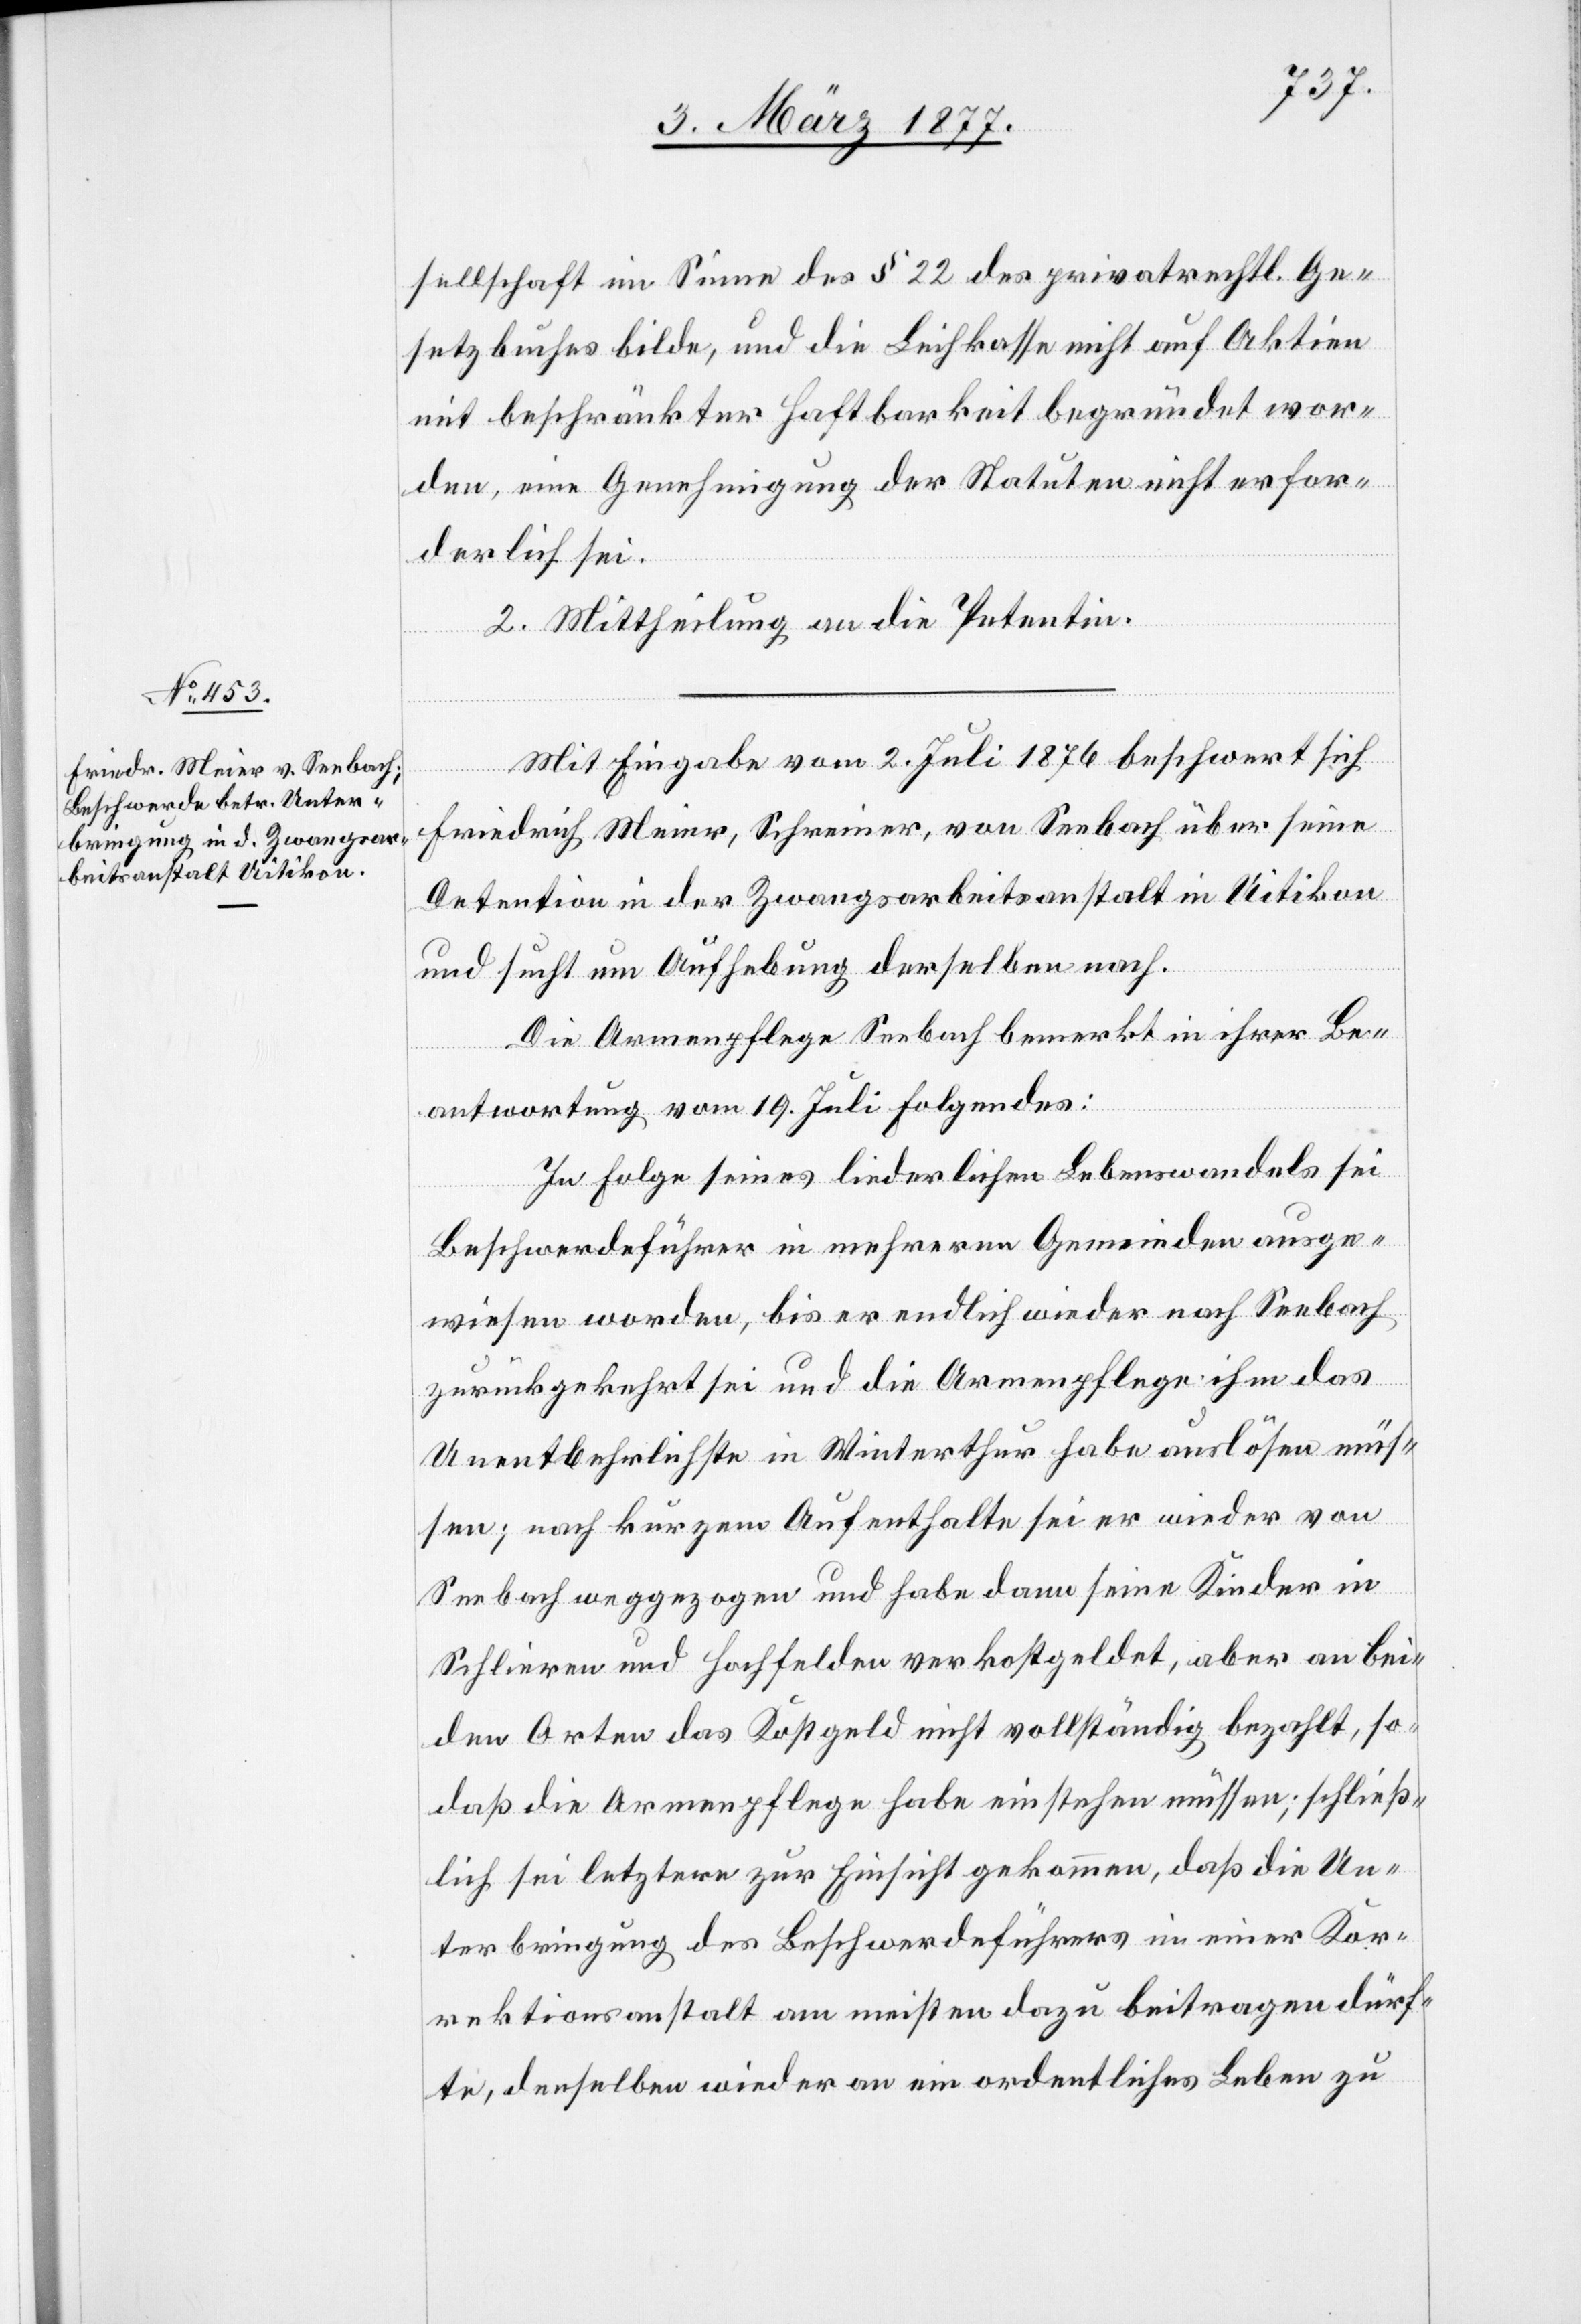
sellschaft im Sinne des § 22 des privatrechtl. Ge¬
setzbuches bilde, und die Leihkasse nicht auf Aktien
mit beschränkter Haftbarkeit begründet wor¬
den, eine Genehmigung der Statuten nicht erfor¬
derlich sei.
2. Mittheilung an die Petentin.
Mit Eingabe vom 2. Juli 1876 beschwert sich
Friedrich Meier, Schreiner, von Seebach über seine
Detention in der Zwangsarbeitsanstalt in Uitikon
und sucht um Aufhebung derselben nach.
Die Armenpflege Seebach bemerkt in ihrer Be¬
antwortung vom 19. Juli Folgendes:
In Folge seines liederlichen Lebenswandels sei
Beschwerdeführer in mehreren Gemeinden ausge¬
wiesen worden, bis er endlich wieder nach Seebach
zurückgekehrt sei und die Armenpflege ihm das
Unentbehrlichste in Winterthur habe auslösen müs¬
sen; nach kurzem Aufenthalte sei er wieder von
Seebach weggezogen und habe dann seine Kinder in
Schlieren und Hochfelden verkostgeldet, aber an bei¬
den Orten das Kostgeld nicht vollständig bezahlt, so¬
daß die Armenpflege habe einstehen müssen; schließ¬
lich sei letztere zur Einsicht gekommen, daß die Un¬
terbringung des Beschwerdeführers in einer Kor¬
rektionsanstalt am meisten dazu beitragen dürf¬
te, denselben wieder an ein ordentliches Leben zu